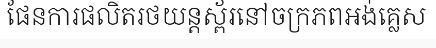
ផែនការផលិតរថយន្តស្ព័រនៅចក្រភពអង់គ្លេស